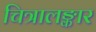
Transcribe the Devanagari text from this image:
चित्रालङ्कार